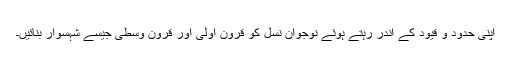
اپنی حدود و قیود کے اندر رہتے ہوئے نوجوان نسل کو قرون اولی اور قرون وسطی جیسے شہسوار بنائیں۔